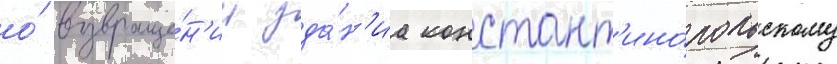
о́ возвраще́н'ии зда́н'иа констант'ино́польскому